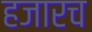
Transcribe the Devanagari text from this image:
हजारच